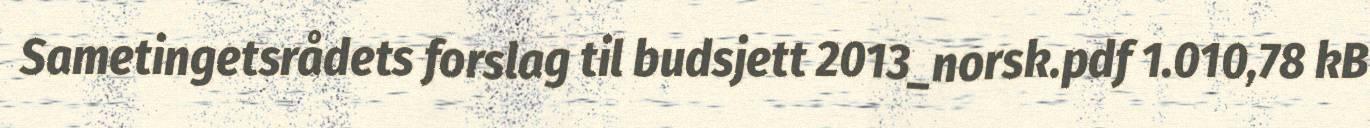
Sametingetsrådets forslag til budsjett 2013_norsk.pdf 1.010,78 kB